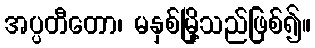
အပ္ပတီတော၊ မနှစ်မြို့သည်ဖြစ်၍။